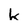
Character: k